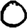
Digit: 0